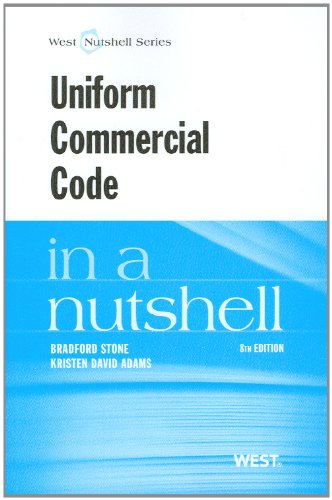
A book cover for Uniform Commercial Code in a Nutshell; Bradford Stone; Law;